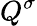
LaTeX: Q^{\sigma}